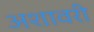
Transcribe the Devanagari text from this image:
अशावरी